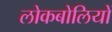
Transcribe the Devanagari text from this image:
लोकबोलियों